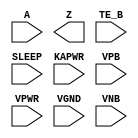
module sky130_fd_sc_lp__busdrivernovlpsleep (
    //# {{data|Data Signals}}
    input  A    ,
    output Z    ,

    //# {{control|Control Signals}}
    input  TE_B ,

    //# {{power|Power}}
    input  SLEEP,
    input  KAPWR,
    input  VPB  ,
    input  VPWR ,
    input  VGND ,
    input  VNB
);
endmodule